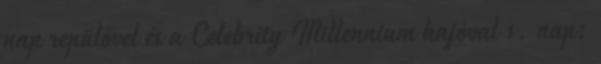
nap repülővel és a Celebrity Millennium hajóval 1. nap: